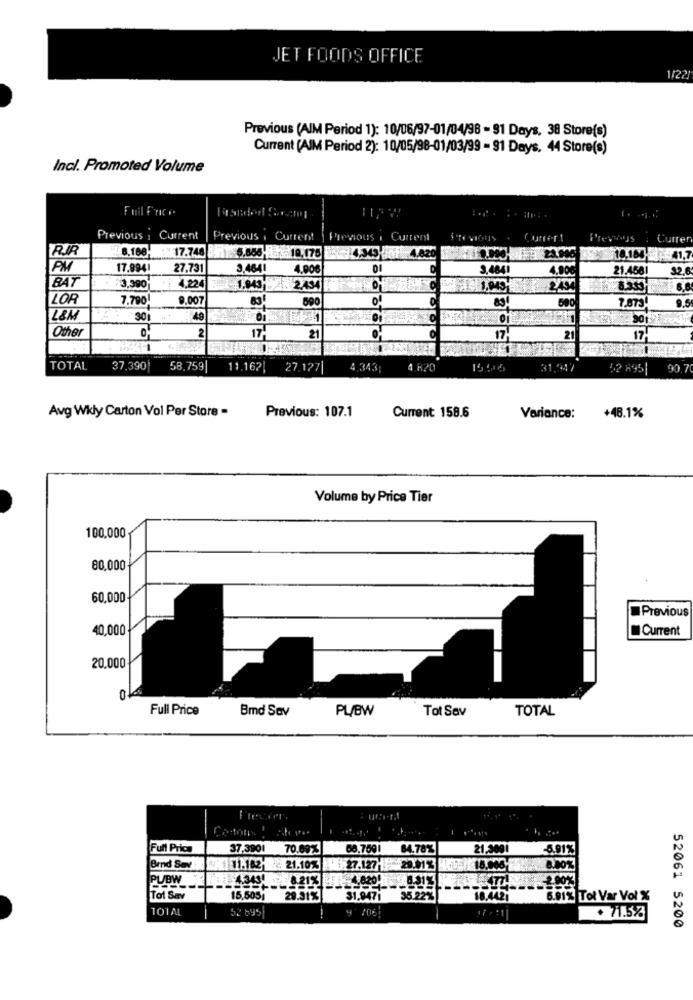
JET FOODS OFFICE
1/22
Previous (AIM Period 1): 10/06/97-01/04/98 - 91 Days, 38 Store(s)
Current (AIM Period 2): 10/05/98-01/03/99 - 91 Days. 44 Store(s)
Incl. Promoted Volume
Fuil frico
Branded Soam
Previous
Current
Previous
Current
Previous , Current
ITY VIOUS
Current
Currer
RIR
1.8.188
17.748 5.886- 10,175
4,343 Jot 4,820
10,180
17.994
27.731
3.4641
4.90
3.4841
4.000
21.458
32.
BAT
3.390
+ ; 4.224
1.943 2.434
LOR
7,790
9.007
83
890
7,879
L&M
30
Other
2
17
21
17
21
17
TOTAL
37.390|
58,759
11.162|
27.127|
4.343;
4 820
31.947
52 895|
00 7
Avg Wkly Carton Vol Per Store -
Previous: 107.1
Current: 158.6
Variance:
+48.1%
Volume by Price Tier
100.000
80,000
60,000
Previous
40,000
Current
20,000
0
Full Price
Bmd Sav
PL/BW
Tot Sav
TOTAL
-
Costoms
Full Price
37.3901
70.6973
84.78%
21,2001
Brnd Sev
21.107
27.127-9-20.01.
PUBW
Tot Sav
15,505i
31.847
8.61% Tot Var Vol %
101AL
52 895
4 /061
71.5%
52061 5200